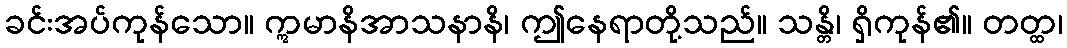
ခင်းအပ်ကုန်သော။ ဣမာနိအာသနာနိ၊ ဤနေရာတို့သည်။ သန္တိ၊ ရှိကုန်၏။ တတ္ထ၊